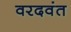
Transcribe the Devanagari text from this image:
वरदवंत